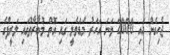
ޖެހިގެން އައި 2000 ވަނަ އަހަރު މަޑަވެލީ ގައި އޮތް މުބާރާތުގައި ލަރީފްގެ